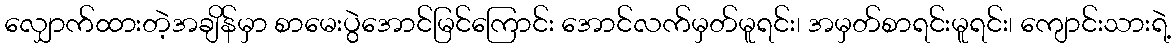
လျှောက်ထားတဲ့အချိန်မှာ စာမေးပွဲအောင်မြင်ကြောင်း အောင်လက်မှတ်မူရင်း၊ အမှတ်စာရင်းမူရင်း၊ ကျောင်းသားရဲ့